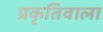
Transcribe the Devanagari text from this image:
प्रकृतिवाला